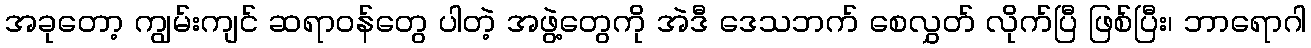
အခုတော့ ကျွမ်းကျင် ဆရာဝန်တွေ ပါတဲ့ အဖွဲ့တွေကို အဲဒီ ဒေသဘက် စေလွှတ် လိုက်ပြီ ဖြစ်ပြီး၊ ဘာရောဂါ